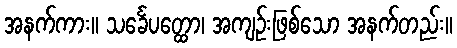
အနက်ကား။ သင်္ခေပတ္ထော၊ အကျဉ်းဖြစ်သော အနက်တည်း။